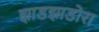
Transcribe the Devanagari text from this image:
झाडझाडोरा